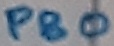
Text: PB0